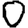
Digit: 0